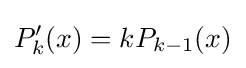
P'_{k}(x)=kP_{k-1}(x)